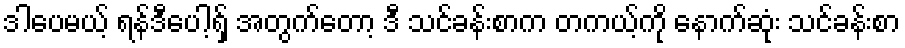
ဒါပေမယ့် ရန်ဒီပေါ့ရှ် အတွက်တော့ ဒီ သင်ခန်းစာက တကယ့်ကို နောက်ဆုံး သင်ခန်းစာ